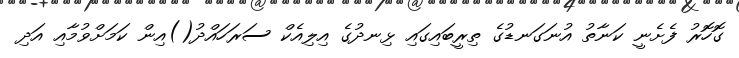
ގޮހޮރު ފެށެނީ ކަނާތު އުނަގަނޑުގެ ތިރީބައިގައި ޅިނދުގެ އިލިއެކް ސަރަހައްދު()އިން ކަމަށްވުމާއި އަދި